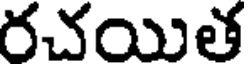
రచయిత